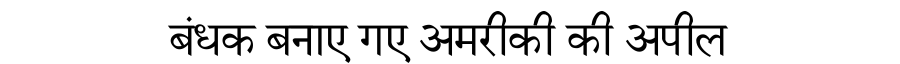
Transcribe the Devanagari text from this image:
बंधक बनाए गए अमरीकी की अपील